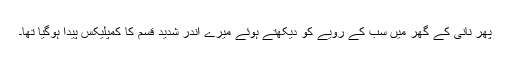
پھر نانی کے گھر میں سب کے رویے کو دیکھتے ہوئے میرے اندر شدید قسم کا کمپلیکس پیدا ہوگیا تھا۔